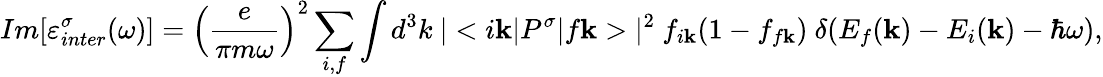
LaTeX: Im[\varepsilon_{inter}^{\sigma}(\omega)]=\left(\frac{e}{\pi m\omega}\right)^{2}\sum_{i,f}\int d^{3}k\ |<i\mathbf{k}|P^{\sigma}|f\mathbf{k}>|^{2}\ f_{i\mathbf{k}}(1-f_{f\mathbf{k}})\ \delta(E_{f}(\mathbf{k})-E_{i}(\mathbf{k})-\hbar\omega),